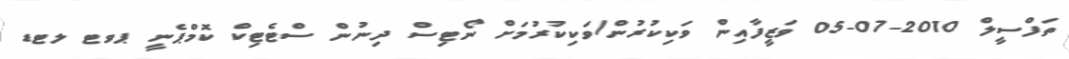
ތަފްސީލް 2010-07-05 ވަޒީފާއިން ވަކިކުރުން/ވަކިކުރުމަށް ނޯޓިސް ދިނުން ސްޓެޓިކް ކޮމްޕެނީ ޕވޓ ލޓޑ